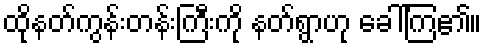
ထိုနတ်ကွန်းတန်းကြီးကို နတ်ရွာဟု ခေါ်ကြ၏။